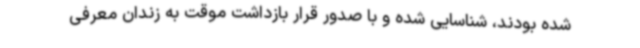
شده بودند، شناسایی شده و با صدور قرار بازداشت موقت به زندان معرفی